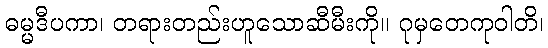
ဓမ္မဒီပကာ၊ တရားတည်းဟူသောဆီမီးကို။ ဂုမှတေကုဝါတိ၊